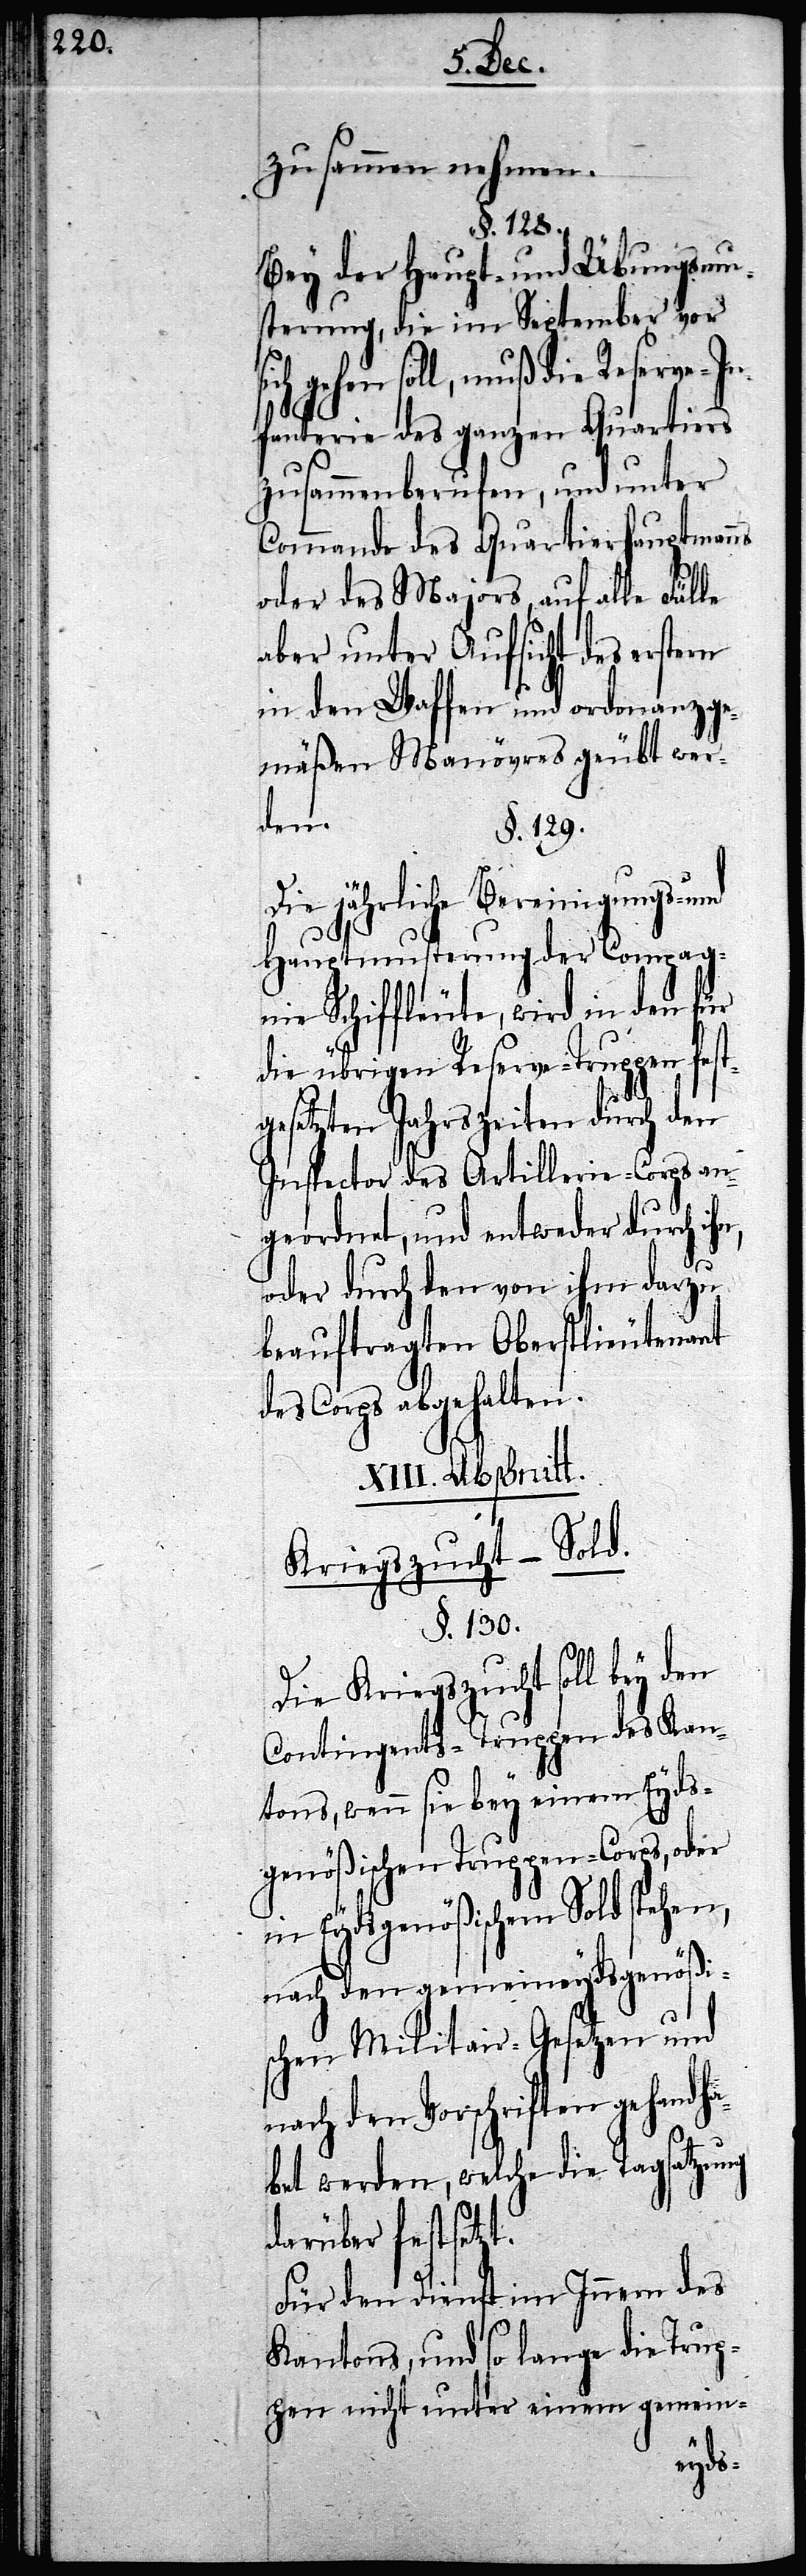
zusammen nehmen.
§. 128.
Bey der Haupt- und Übungsmu¬
sterung, die im September vor s¬
ich gehen soll, muß die Reserve-In¬
D¬
fanterie des ganzen Quartiers
zusammenberufen, und unter
Commando des Quartierhauptmanns
oder des Majors auf alle Fälle
aber unter Aufsicht des erstern
in den Waffen und ordonanzge¬
mäßen Manövres geübt wer¬
den.
§. 129.
ie jährliche Bereinigungs-
Hauptmusterung der Compag¬
nie Schiffleute, wird in den für
die übrigen Reserve-Truppen fest¬
gesetzten Jahrszeiten durch den
Inspector des Artillerie-Corps an¬
geordnet, und entweder durch
oder durch den von ihm dazu
beauftragten Oberstlieutenant
des Corps abgehalten.
XIII. Abschnitt.
Kriegszucht-Sold.
§. 130.
Die Kriegszucht soll bey den
Contingents-Truppen des Kan¬
tons, wenn sie bey einem Eyds¬
genößischen Truppencorps, oder
in Eydsgenößischem Sold stehen,
nach den gemeineydsgenößi¬
schen Militair-Gesetzen und
nach den Vorschriften gehandha¬
bet werden, welche die Tagsatzung
darüber festsetzt.
Für den Dienst im Innern des
Kantons, und so lange die Trup¬
pen nicht unter einem gemein-